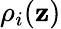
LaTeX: {\rho}_{i}(\mathbf{z})